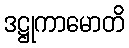
ဒဋ္ဌုကာမောတိ